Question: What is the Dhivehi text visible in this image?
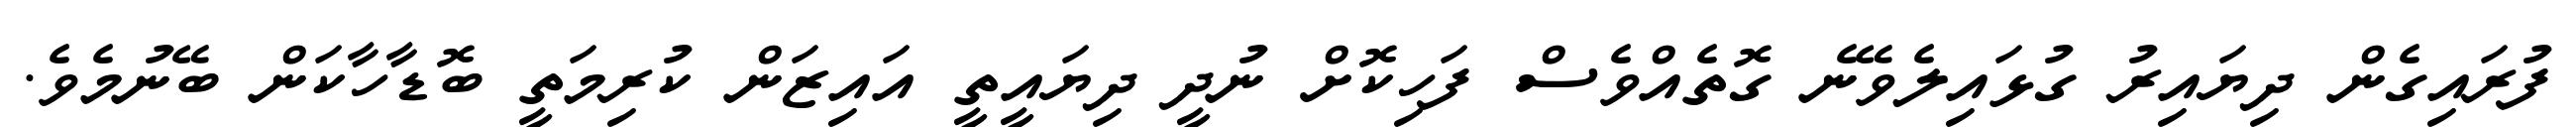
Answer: ފުރައިގެން ދިޔައިރު ގުޅައިލެވޭނެ ގޮތެއްވެސް ފަހިކޮށް ނުދީ ދިޔައީތީ އައިޒަން ކުރިމަތީ ބޮޑާހާކަން ބޭނުމެވެ.